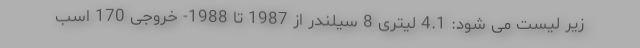
زیر لیست می شود: 4.1 لیتری 8 سیلندر از 1987 تا 1988- خروجی 170 اسب